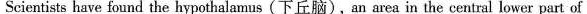
Scientists have found the hypothalamus (下丘脑),an area in the central lower part of